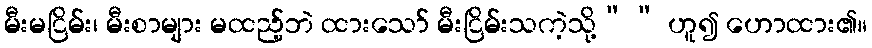
မီးမငြိမ်း၊ မီးစာများ မထည့်ဘဲ ထားသော် မီးငြိမ်းသကဲ့သို့”” ဟူ၍ ဟောထား၏။